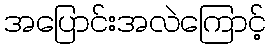
အပြောင်းအလဲကြောင့်